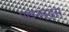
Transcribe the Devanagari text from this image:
पाइनवुड्स